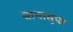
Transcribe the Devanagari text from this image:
साधासुधा